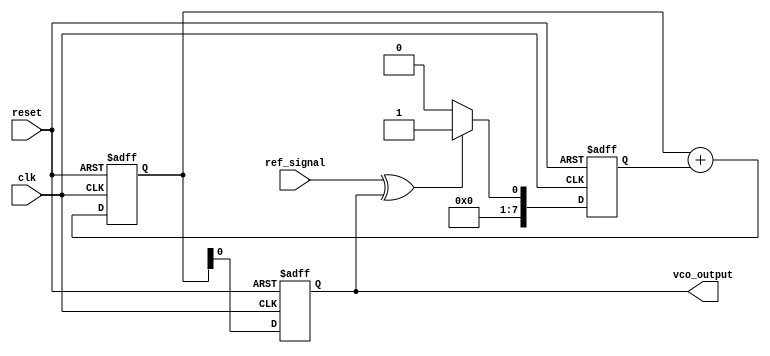
module MemoryBlocksPLL (
    input wire clk,                  // System clock
    input wire reset,                // Reset signal
    input wire ref_signal,           // Reference frequency input
    output reg vco_output            // VCO output frequency
);

// Parameters for the PLL
parameter PHASE_ERROR_WIDTH = 8;   // Width of phase error signal
parameter CONTROL_VOLTAGE_WIDTH = 8; // Width of control voltage
parameter MEMORY_DEPTH = 4;         // Depth of memory block

// Internal signals
reg [PHASE_ERROR_WIDTH-1:0] phase_error; // Phase error signal
reg [CONTROL_VOLTAGE_WIDTH-1:0] control_voltage; // Control voltage for VCO
reg [CONTROL_VOLTAGE_WIDTH-1:0] memory [0:MEMORY_DEPTH-1]; // Memory block for previous states
integer i;

// Phase Detector (PD)
always @(posedge clk or posedge reset) begin
    if (reset) begin
        phase_error <= 0;
    end else begin
        // Simple phase detector logic (XOR for demonstration)
        phase_error <= (ref_signal ^ vco_output) ? 1 : 0; // Example phase error calculation
    end
end

// Loop Filter (Simple IIR Filter)
always @(posedge clk or posedge reset) begin
    if (reset) begin
        control_voltage <= 0;
    end else begin
        // Simple loop filter implementation
        control_voltage <= control_voltage + phase_error; // Integrate phase error
    end
end

// Voltage-Controlled Oscillator (VCO)
always @(posedge clk or posedge reset) begin
    if (reset) begin
        vco_output <= 0;
    end else begin
        // Simple VCO logic (frequency modulation based on control voltage)
        vco_output <= control_voltage; // Example output frequency
    end
end

// Memory Block to store previous states
always @(posedge clk or posedge reset) begin
    if (reset) begin
        for (i = 0; i < MEMORY_DEPTH; i = i + 1) begin
            memory[i] <= 0; // Initialize memory
        end
    end else begin
        // Shift memory values
        for (i = MEMORY_DEPTH-1; i > 0; i = i - 1) begin
            memory[i] <= memory[i-1];
        end
        memory[0] <= phase_error; // Store current phase error
    end
end

endmodule